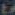
وع